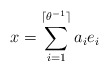
\begin{align*} x=\sum_{i=1}^{\lceil \theta^{-1} \rceil} a_i e_i \end{align*}